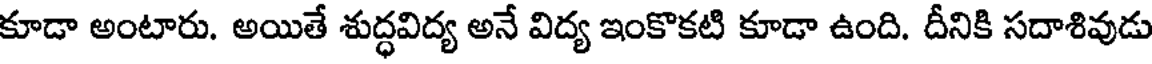
కూడా అంటారు. అయితే శుద్ధవిద్య అనే విద్య ఇంకొకటి కూడా ఉంది. దీనికి సదాశివుడు